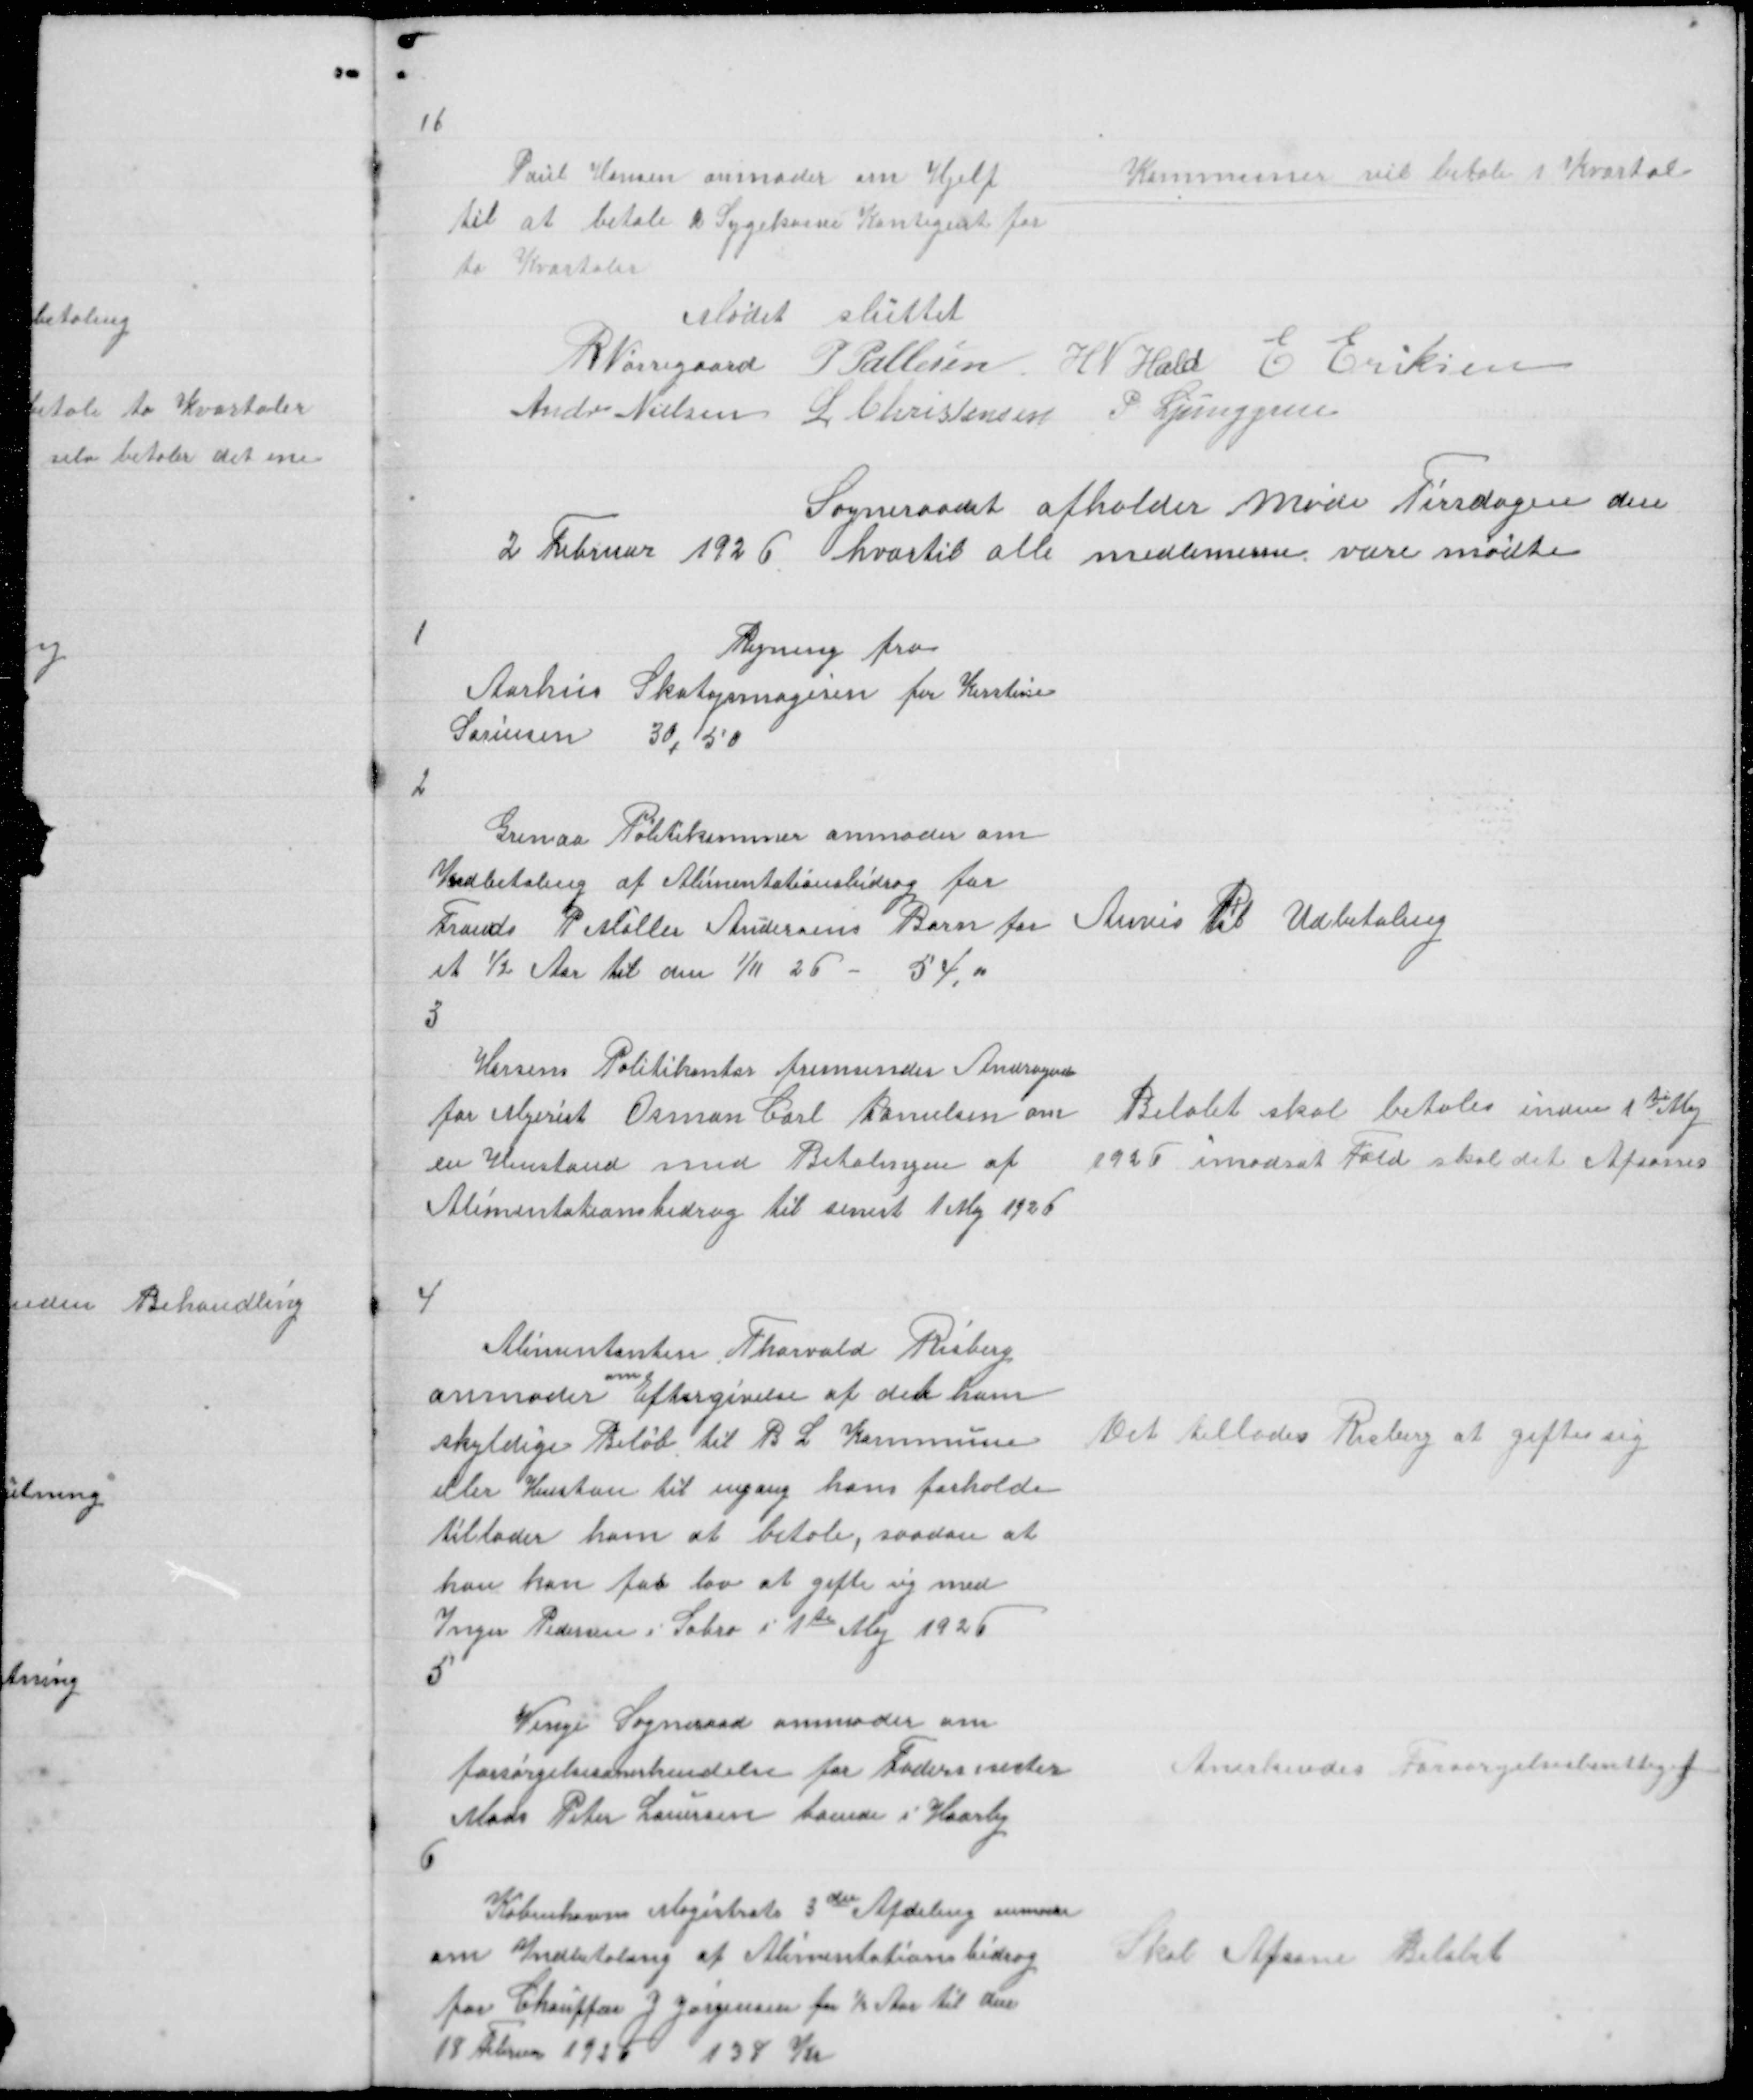
Transskription:
16

Poul Hansen anmoder om Hjelp
til at betale 2 Sygekasse Kontigent for
to Kvartaler

Kommunen vil betale 1 Kvartal

Mødet sluttet
R Nørregaard P Pallesen H N Hald E Eriksen
Andr Nielsen L Christensen P Ljunggren
Sogneraadet afholder Møde Tirsdagen den
2 Februar hvortil alle medlemerne vare mødte

1

Regning fra
Aarhus Skotøjsmagesin for Kirstine
Sørensen 30,50

2

Grenaa Politikammer anmoder om
Indbetaling af Alimentationsbidrag for
Frands P Møller Andersens Barn for
et ½ Aar til den 1/11 26 - 54,00

Anvis til Udbetaling

3

Horsens Politikontor fremsender Andragende
for Mejerist Osman Carl Danielsen om
en Henstand med Betalingen af
Alimentationsbidrag til senest 1 Maj 1926

Beløbet skal betales inden 1te Maj
1926 imodsat Fald skal det Afsones

4
Alimentanten Thorvald Risberg
anmoder om Eftergivelse af der ham
skyldige Beløb til B L Kommune
eller Henstan til engang hans forhold
tillader ham at betale, saadan at
han kan faa lov til at gifte sig med
Inger Pedersen i Sabro i 1te Maj
5

Det tillades Risberg at gifte sig

Venge Sogneraad anmoder om
forsørgelsesanerkendelse for Fodermester
Mads Peter Laursen boende i Haarby
6

Anerkendes Forsørgelsesberettiget

Københavns Magistrats 3die Afdeling anmoder
om Indbetaling af Alimentationsbidrag
for Chauffør J Jørgensen for ½ Aar til den
18 Februar 1926 138 Kr

Skal Afsone Beløbet